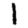
Digit: 1